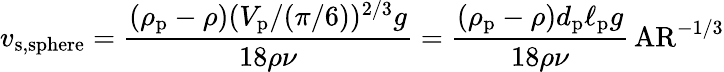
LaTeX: v_{{\mathrm{s}},\textrm{sphere}}=\frac{(\rho_{\mathrm{p}}-\rho)(V_{\mathrm{p}}/(\pi/6))^{2/3}g}{18\rho\nu}=\frac{(\rho_{\mathrm{p}}-\rho)d_{\mathrm{p}}\ell_{\mathrm{p}}g}{18\rho\nu}\, \mathrm{AR}^{-1/3}